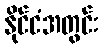
နိုင်ငံအတွင်း